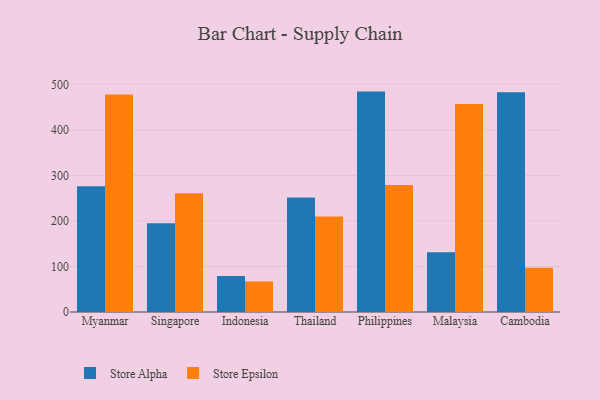
{"axis": {"x": "Country", "y": "Production Output"}, "legend": ["Store Alpha", "Store Epsilon"], "data": [{"x": "Myanmar", "y": 276.3, "type": "Store Alpha"}, {"x": "Myanmar", "y": 477.6, "type": "Store Epsilon"}, {"x": "Singapore", "y": 194.7, "type": "Store Alpha"}, {"x": "Singapore", "y": 260.7, "type": "Store Epsilon"}, {"x": "Indonesia", "y": 79.1, "type": "Store Alpha"}, {"x": "Indonesia", "y": 67.2, "type": "Store Epsilon"}, {"x": "Thailand", "y": 251.3, "type": "Store Alpha"}, {"x": "Thailand", "y": 209.7, "type": "Store Epsilon"}, {"x": "Philippines", "y": 484.1, "type": "Store Alpha"}, {"x": "Philippines", "y": 278.9, "type": "Store Epsilon"}, {"x": "Malaysia", "y": 131.3, "type": "Store Alpha"}, {"x": "Malaysia", "y": 457.1, "type": "Store Epsilon"}, {"x": "Cambodia", "y": 482.8, "type": "Store Alpha"}, {"x": "Cambodia", "y": 97.1, "type": "Store Epsilon"}]}